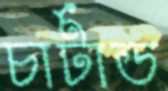
চার্টাড